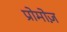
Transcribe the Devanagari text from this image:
प्रोमोज़